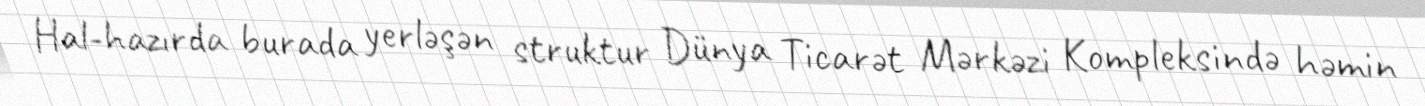
Hal-hazırda burada yerləşən struktur Dünya Ticarət Mərkəzi Kompleksində həmin